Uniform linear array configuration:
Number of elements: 64
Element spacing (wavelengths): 0.75
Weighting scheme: hann
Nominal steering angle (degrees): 0
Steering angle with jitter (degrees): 0.6665
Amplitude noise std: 0.05
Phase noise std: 0.05

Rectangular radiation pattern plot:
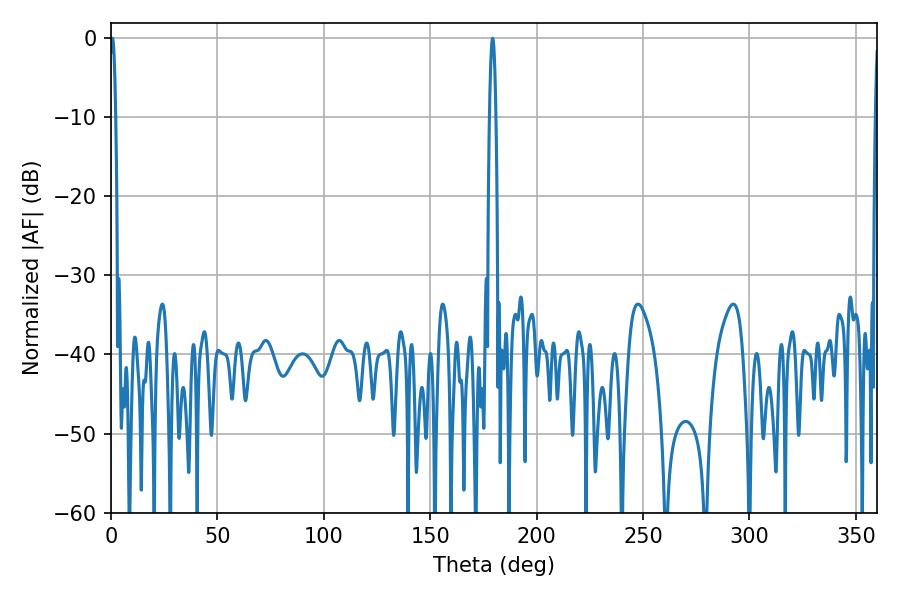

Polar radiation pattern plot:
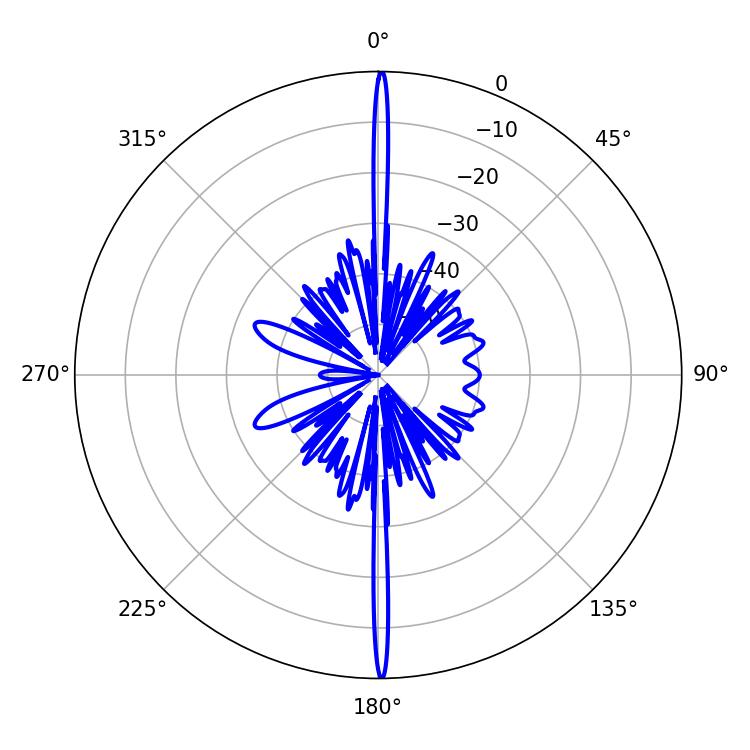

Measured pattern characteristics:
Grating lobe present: TRUE
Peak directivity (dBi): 34.427
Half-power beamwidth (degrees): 1.62
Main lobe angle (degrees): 179.28